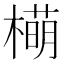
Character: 橗